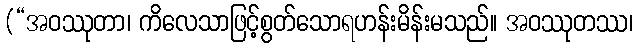
(“အဝဿုတာ၊ ကိလေသာဖြင့်စွတ်သောရဟန်းမိန်းမသည်။ အဝဿုတဿ၊